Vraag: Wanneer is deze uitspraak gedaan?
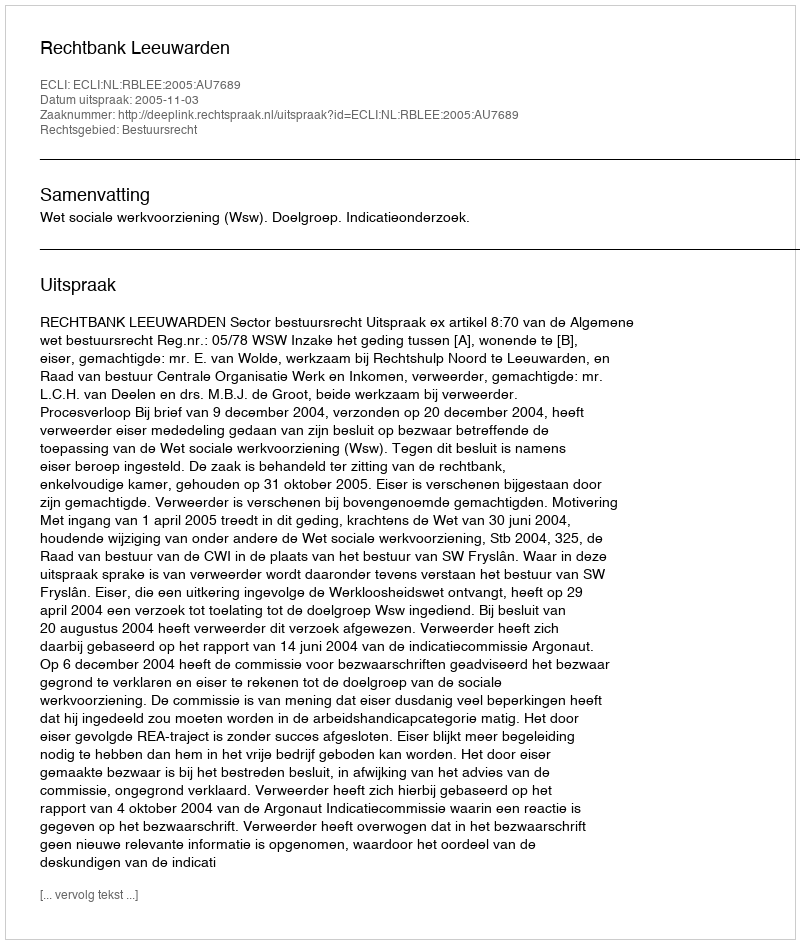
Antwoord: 2005-11-03